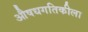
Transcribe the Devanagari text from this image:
औषधगतिकीला